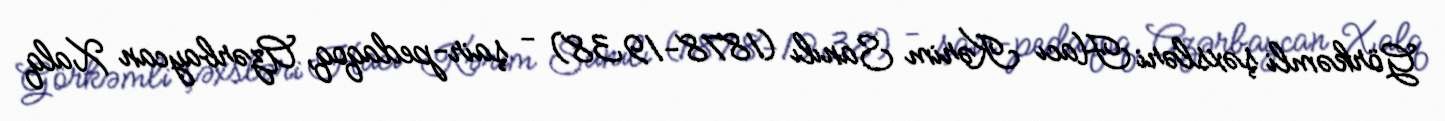
Görkəmli şəxsləri Hacı Kərim Sanılı (1878-1938) - şair-pedaqoq, Azərbaycan Xalq